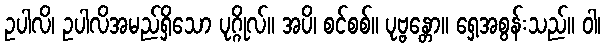
ဥပါလိ၊ ဥပါလိအမည်ရှိသော ပုဂ္ဂိုလ်။ အပိ၊ စင်စစ်။ ပုဗ္ဗန္တော။ ရှေ့အစွန်းသည်။ ဝါ၊